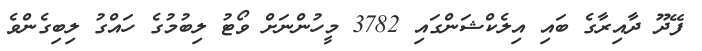
ފޭދޫ ދާއިރާގެ ބައި އިލެކްޝަންގައި 3782 މީހުންނަށް ވޯޓު ލިބުމުގެ ހައްގު ލިބިގެންވެ